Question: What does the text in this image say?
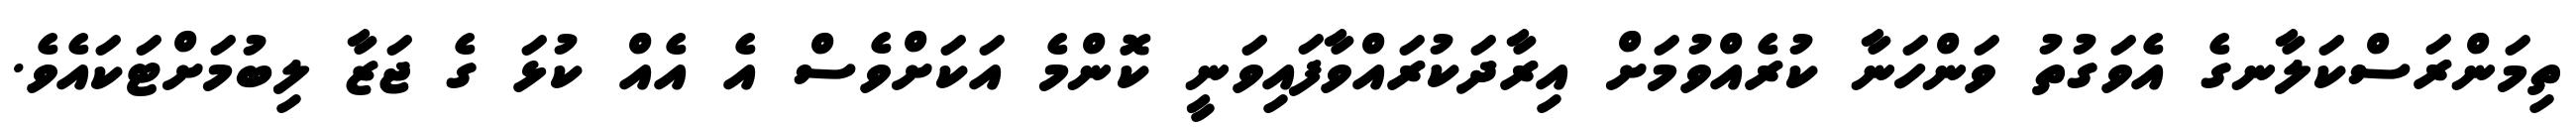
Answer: ތިމަންރަސްކަލާނގެ އެވަގުތު ވަންހަނާ ކުރެއްވުމަށް އިރާދަކުރައްވާފައިވަނީ ކޮންމެ އަކަށްވެސް އެ އެއް ކުޅަ ގެ ޖަޒާ ލިބުމަށްޓަކައެވެ.